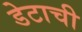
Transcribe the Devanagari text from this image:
डेटाची